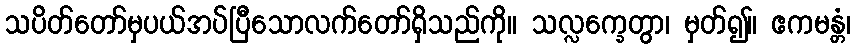
သပိတ်တော်မှပယ်အပ်ပြီသောလက်တော်ရှိသည်ကို။ သလ္လက္ခေတွာ၊ မှတ်၍။ ဧကမန္တံ၊